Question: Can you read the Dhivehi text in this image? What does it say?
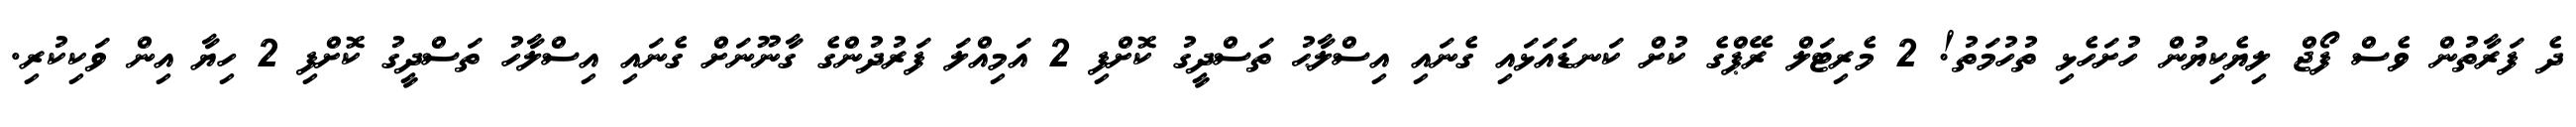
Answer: ދެ ފަރާތުން ވެސް ފޯޖް ލިޔެކިޔުން ހުށަހެޅި ތުހުމަތު! 2 މެރިޓަލް ރޭޕްގެ ކުށް ކަނޑައަޅައި ގެނައި އިސްލާޙު ތަސްދީގު ކޮށްފި 2 އަމިއްލަ ފަރުދުންގެ ގާނޫނަށް ގެނައި އިސްލާހު ތަސްދީގު ކޮށްފި 2 ހިޔާ އިން ވަކިކުރި.